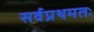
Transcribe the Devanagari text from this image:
सर्वप्रथमतः